Vabadussoja_Ajaloo_Komitee, lk 13
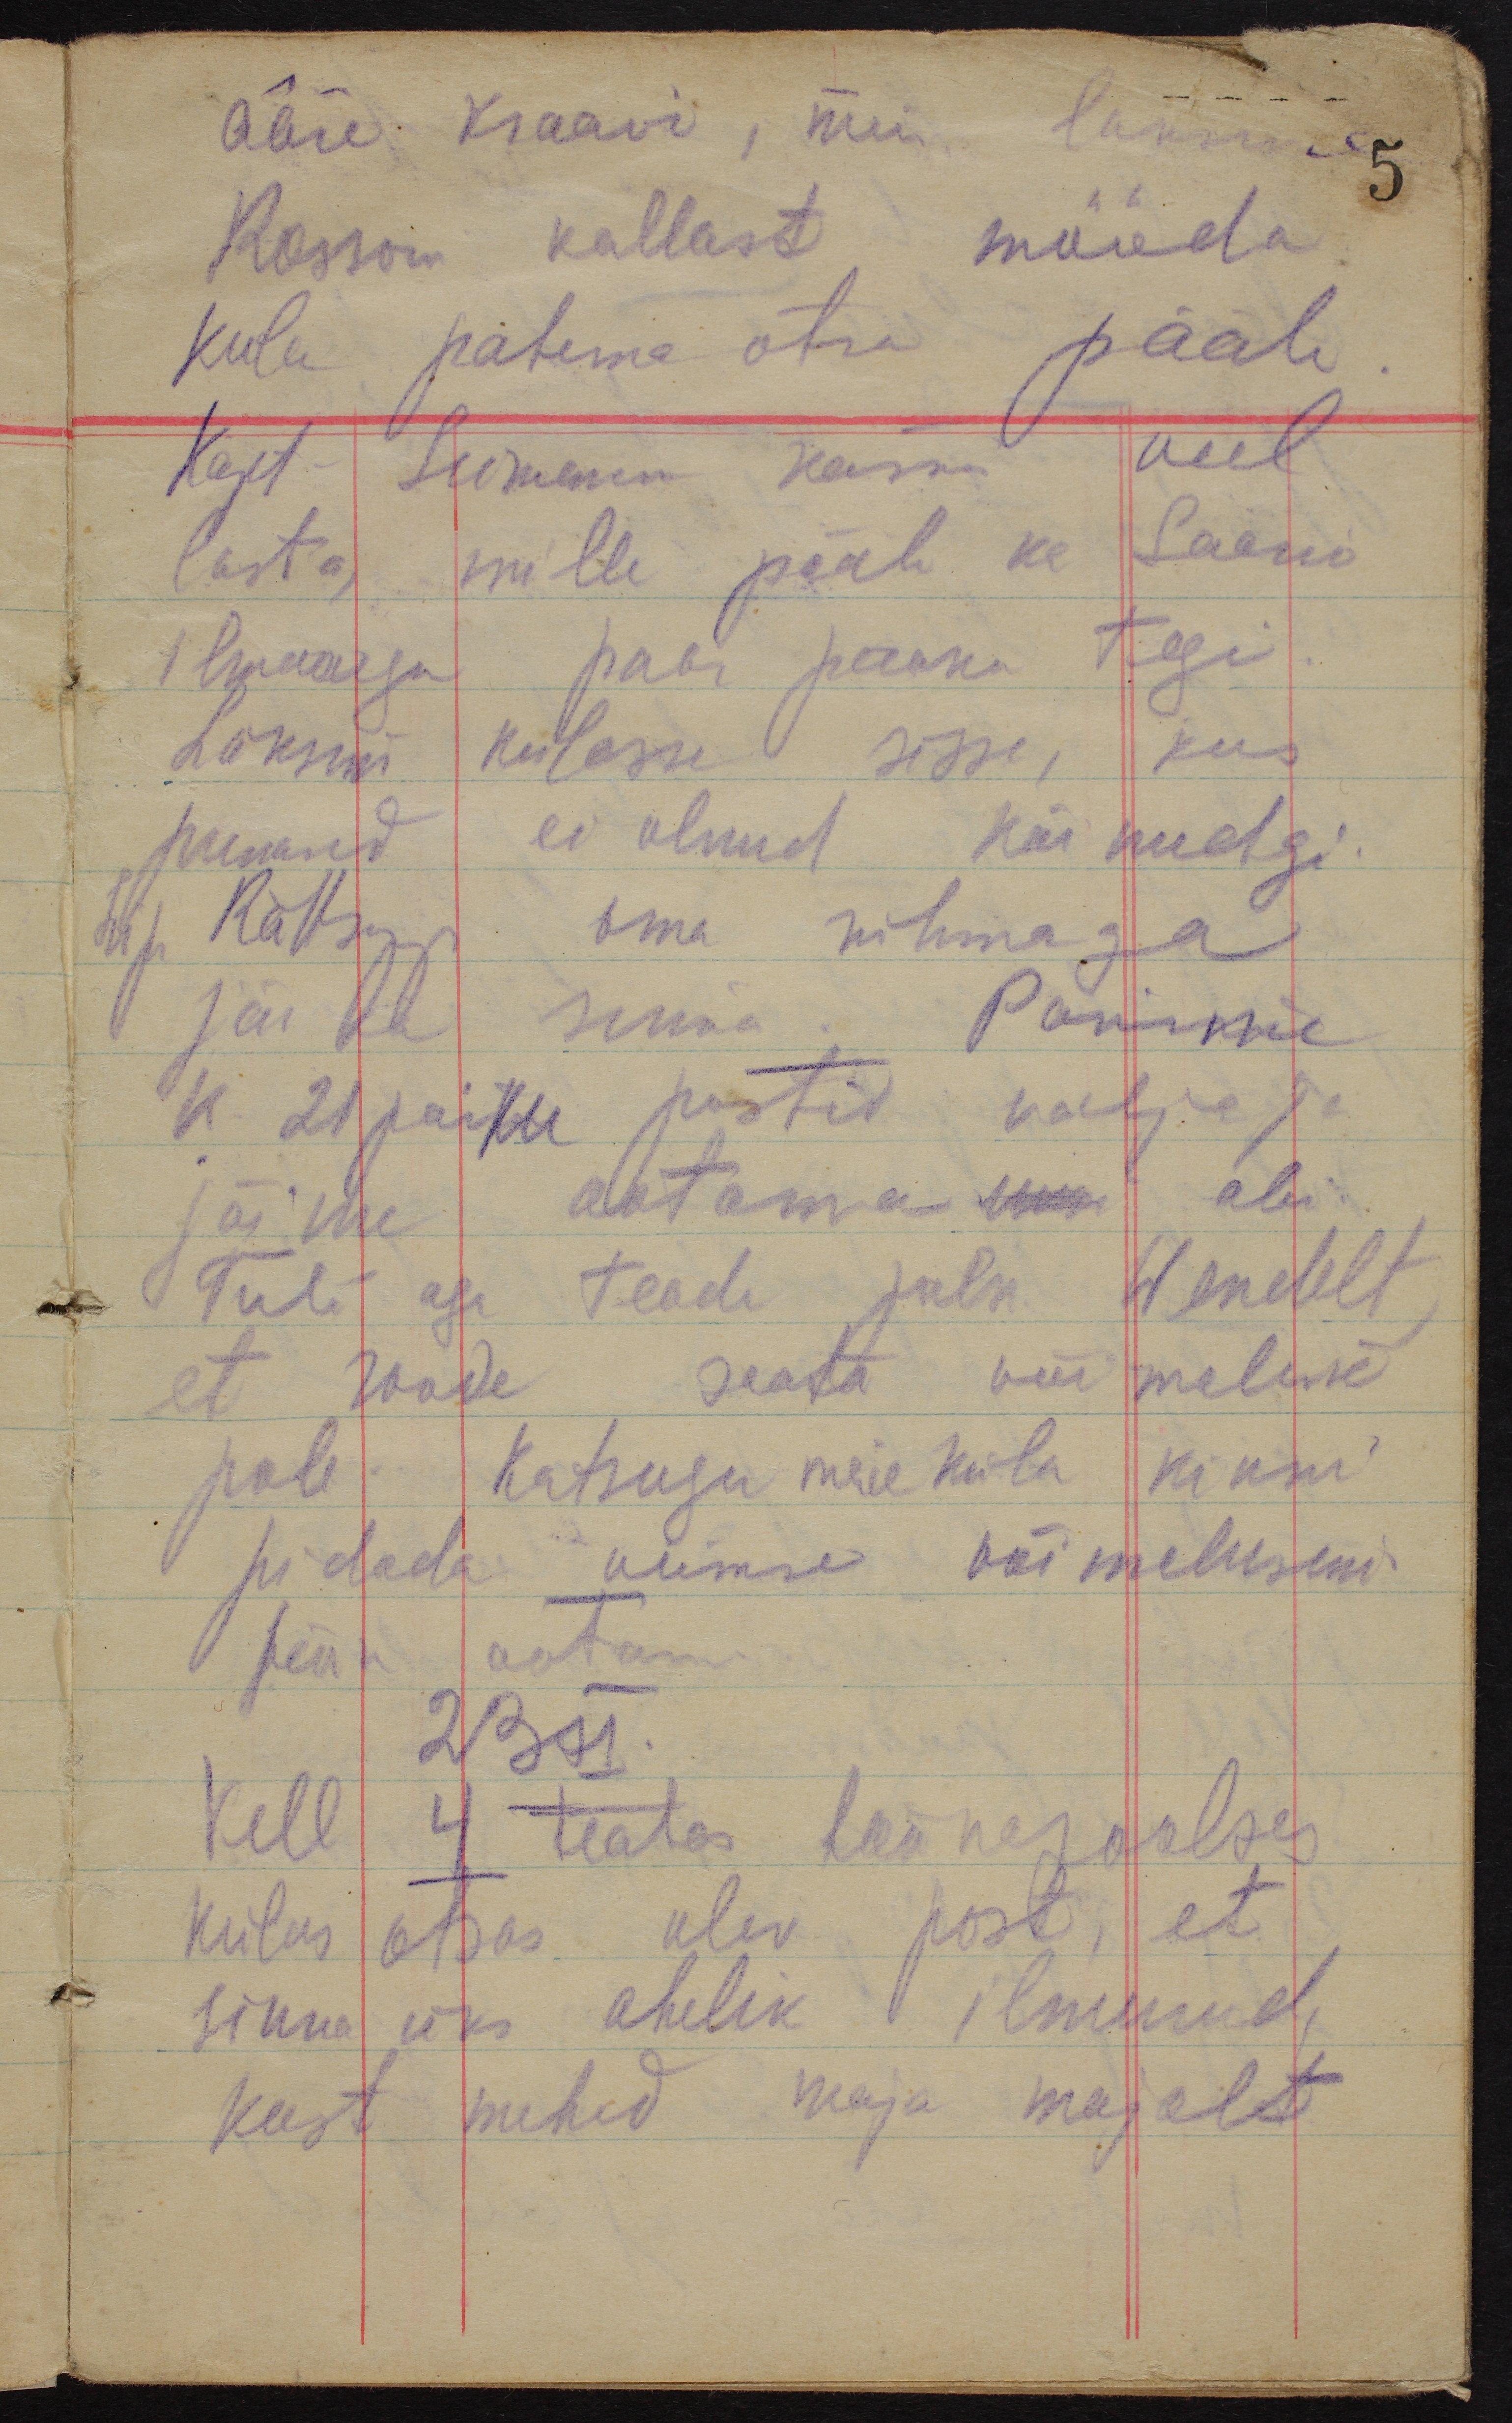
ääre kraavi, meie läksime
Rossoni kallast mööda
kula pahema otsa pääle.
Kapt. Seimann käskis veel
lasta, mille pääle ka Saani
ilmaaegu paar pauku tegi.
Läksime külasse sisse, kus
punased ei olnud käinudgi.
Lip Rättsep oma rühmaga
jäi ka sinna. Panime
k 21 paiku postid välja ja
jäime ootama üksi abi.
Tuli aga teade polk. Wendelt,
et roodu saata võimalik
pole. Katsugu meie küla kinni
pidada viimse võimeluseni.
Jäime ootama.
23 XI.
Kell 4 teatas läänesoolses
külas otsas olev post, et
sinna üks ahelik ilmunud,
kust mehed maja majalt